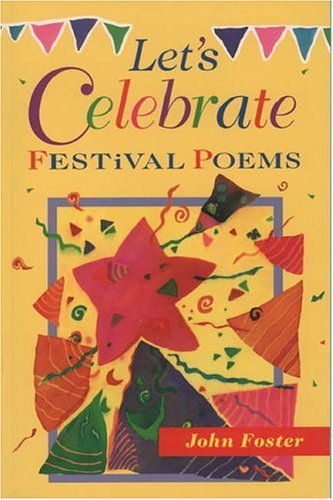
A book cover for Let's Celebrate: Festival Poems; Children's Books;